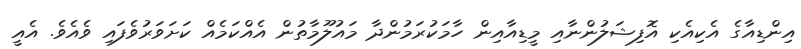
އިންޑިއާގެ އެކިއެކި އޮފިޝަލުންނާއި މީޑިއާއިން ހާމަކުރަމުންދާ މައުލޫމާތުން އެއްކަމެއް ކަށަވަރުވެފައި ވެއެވެ. އެއީ